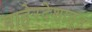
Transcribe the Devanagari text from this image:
बाहेरदेशातून